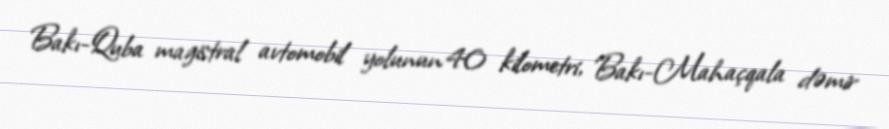
Bakı-Quba magistral avtomobil yolunun 40 kilometri, Bakı-Mahaçqala dəmir